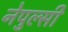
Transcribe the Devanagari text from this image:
नेपुल्सी